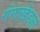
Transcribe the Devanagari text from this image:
गंगाखेडला